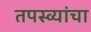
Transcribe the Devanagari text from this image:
तपस्व्यांचा